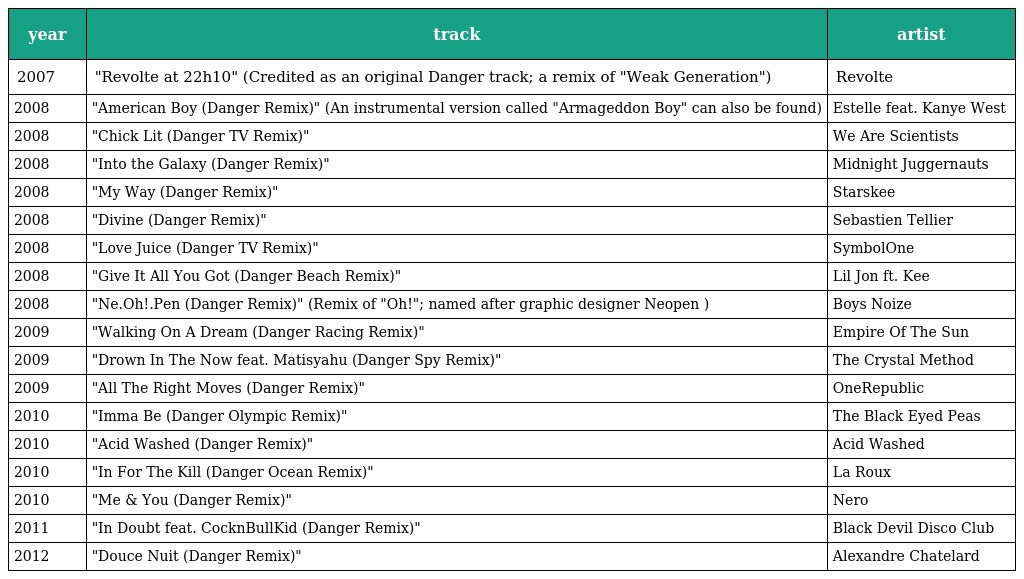
| year | track | artist |
 | --- | --- | --- |
 | 2007 | "Revolte at 22h10" (Credited as an original Danger track; a remix of "Weak Generation") | Revolte |
 | 2008 | "American Boy (Danger Remix)" (An instrumental version called "Armageddon Boy" can also be found) | Estelle feat. Kanye West |
 | 2008 | "Chick Lit (Danger TV Remix)" | We Are Scientists |
 | 2008 | "Into the Galaxy (Danger Remix)" | Midnight Juggernauts |
 | 2008 | "My Way (Danger Remix)" | Starskee |
 | 2008 | "Divine (Danger Remix)" | Sebastien Tellier |
 | 2008 | "Love Juice (Danger TV Remix)" | SymbolOne |
 | 2008 | "Give It All You Got (Danger Beach Remix)" | Lil Jon ft. Kee |
 | 2008 | "Ne.Oh!.Pen (Danger Remix)" (Remix of "Oh!"; named after graphic designer Neopen ) | Boys Noize |
 | 2009 | "Walking On A Dream (Danger Racing Remix)" | Empire Of The Sun |
 | 2009 | "Drown In The Now feat. Matisyahu (Danger Spy Remix)" | The Crystal Method |
 | 2009 | "All The Right Moves (Danger Remix)" | OneRepublic |
 | 2010 | "Imma Be (Danger Olympic Remix)" | The Black Eyed Peas |
 | 2010 | "Acid Washed (Danger Remix)" | Acid Washed |
 | 2010 | "In For The Kill (Danger Ocean Remix)" | La Roux |
 | 2010 | "Me & You (Danger Remix)" | Nero |
 | 2011 | "In Doubt feat. CocknBullKid (Danger Remix)" | Black Devil Disco Club |
 | 2012 | "Douce Nuit (Danger Remix)" | Alexandre Chatelard |